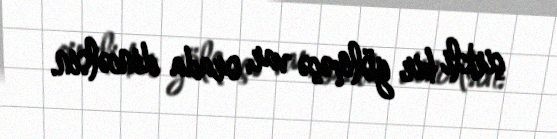
çirkli bir gölməçə var, orada dincəlsin.